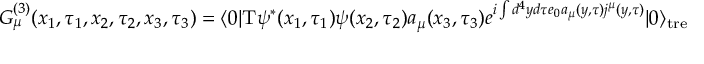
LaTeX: G _ { \mu } ^ { ( 3 ) } ( x _ { 1 } , \tau _ { 1 } , x _ { 2 } , \tau _ { 2 } , x _ { 3 } , \tau _ { 3 } ) = \langle 0 | \mathrm { T } \psi ^ { * } ( x _ { 1 } , \tau _ { 1 } ) \psi ( x _ { 2 } , \tau _ { 2 } ) a _ { \mu } ( x _ { 3 } , \tau _ { 3 } ) e ^ { i \int d ^ { 4 } y d \tau e _ { 0 } a _ { \mu } ( y , \tau ) j ^ { \mu } ( y , \tau ) } | 0 \rangle _ { \mathrm { t r e e } }